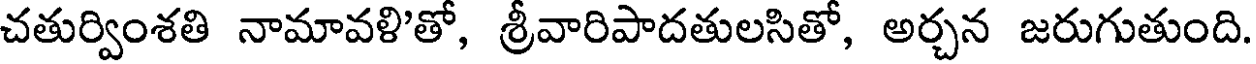
చతుర్వింశతి నామావళి'తో, శ్రీవారిపాదతులసితో, అర్చన జరుగుతుంది